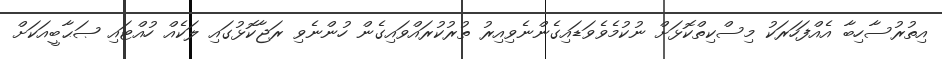
އިތުރުސާހިބާ އެއްފަހަރަކު މިސްކިތްކޮޅަށް ނުކުމެވެވަޑައިގެންނެވިއިރު ތުރުކުރައްވައިގެން ހުންނެވި ރަޖާކޮޅުގައި ލަކެއް ހުއްޓައި ޞަޙާބީއަކަށް